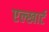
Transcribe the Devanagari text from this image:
एल्खार्ट